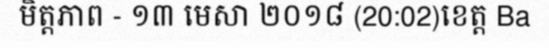
មិត្តភាព - ១៣ មេសា ២០១៨ (20:02)ខេត្ត Ba